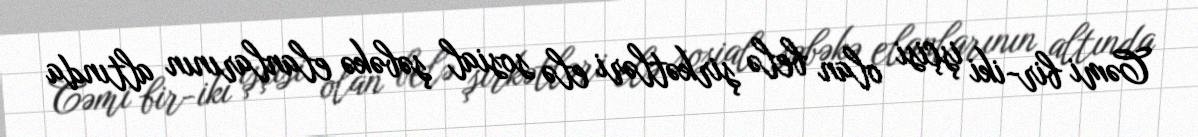
Cəmi bir-iki işçisi olan belə şirkətləri elə sosial şəbəkə elanlarının altında